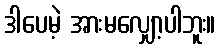
ဒါပေမဲ့ အားမလျှော့ပါဘူး။